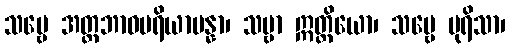
သဗ္ဗေ အတ္တဘာဝပရိယာပန္နာ၊ သဗ္ဗာ ဣတ္ထိယော၊ သဗ္ဗေ ပုရိသာ၊